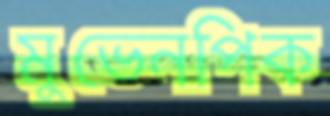
মুভেনপিক